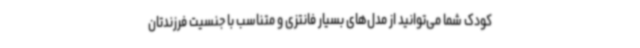
کودک شما می‌توانید از مدل‌های بسیار فانتزی و متناسب با جنسیت فرزندتان